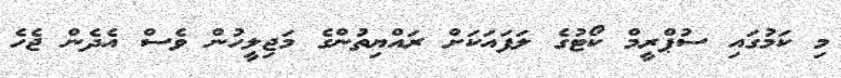
މި ކަމުގައި ސުޕްރީމް ކޯޓުގެ ލަފައަކަށް ރައްޔިތުންގެ މަޖިލީހުން ވެސް އެދެން ޖެހެ